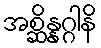
အစ္ဆိန္နဂ္ဂါနိ